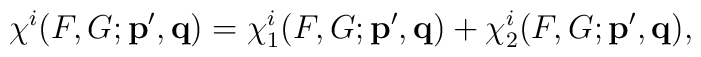
\chi^{i}(F,G;{\bf p',q})=\chi_{1}^{i}(F,G;{\bf p',q})+\chi_{2}^{i}(F,G;{\bf p',q}),